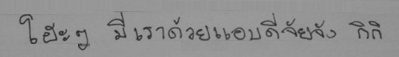
โฮะๆ มีเราด้วยแอบดีจัยจัง กิกิ